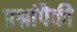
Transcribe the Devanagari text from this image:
प्रश्नांपैकी